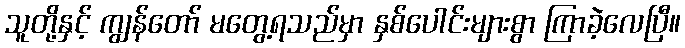
သူတို့နှင့် ကျွန်တော် မတွေ့ရသည်မှာ နှစ်ပေါင်းများစွာ ကြာခဲ့လေပြီ။